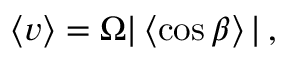
\begin{array} { r } { \left\langle v \right\rangle = \Omega | \left\langle \cos \beta \right\rangle | \, , } \end{array}